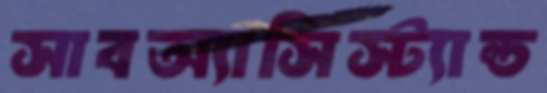
সাবঅ্যাসিস্ট্যান্ড